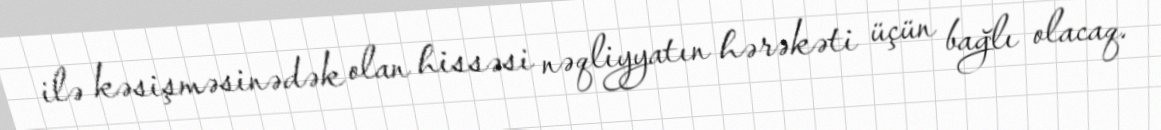
ilə kəsişməsinədək olan hissəsi nəqliyyatın hərəkəti üçün bağlı olacaq.